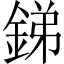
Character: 銻